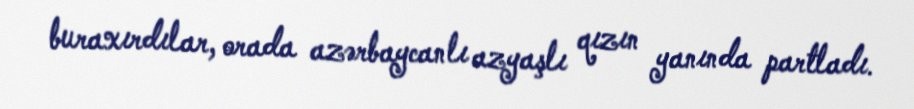
buraxırdılar, orada azərbaycanlı azyaşlı qızın yanında partladı.